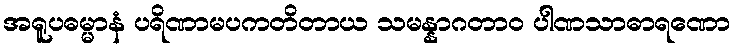
အရူပဓမ္မာနံ ပရိဏာမပကတိတာယ သမန္နာဂတာဝ ပါဏသာဓာရဏော